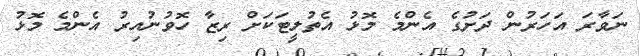
ނަވާރަ އަހަރުން ދަށުގެ އެންމެ މޮޅު އެތުލީޓަކަށް ރިޒާ ހޮވުނުއިރު އެންމެ މޮޅު